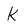
Character: k